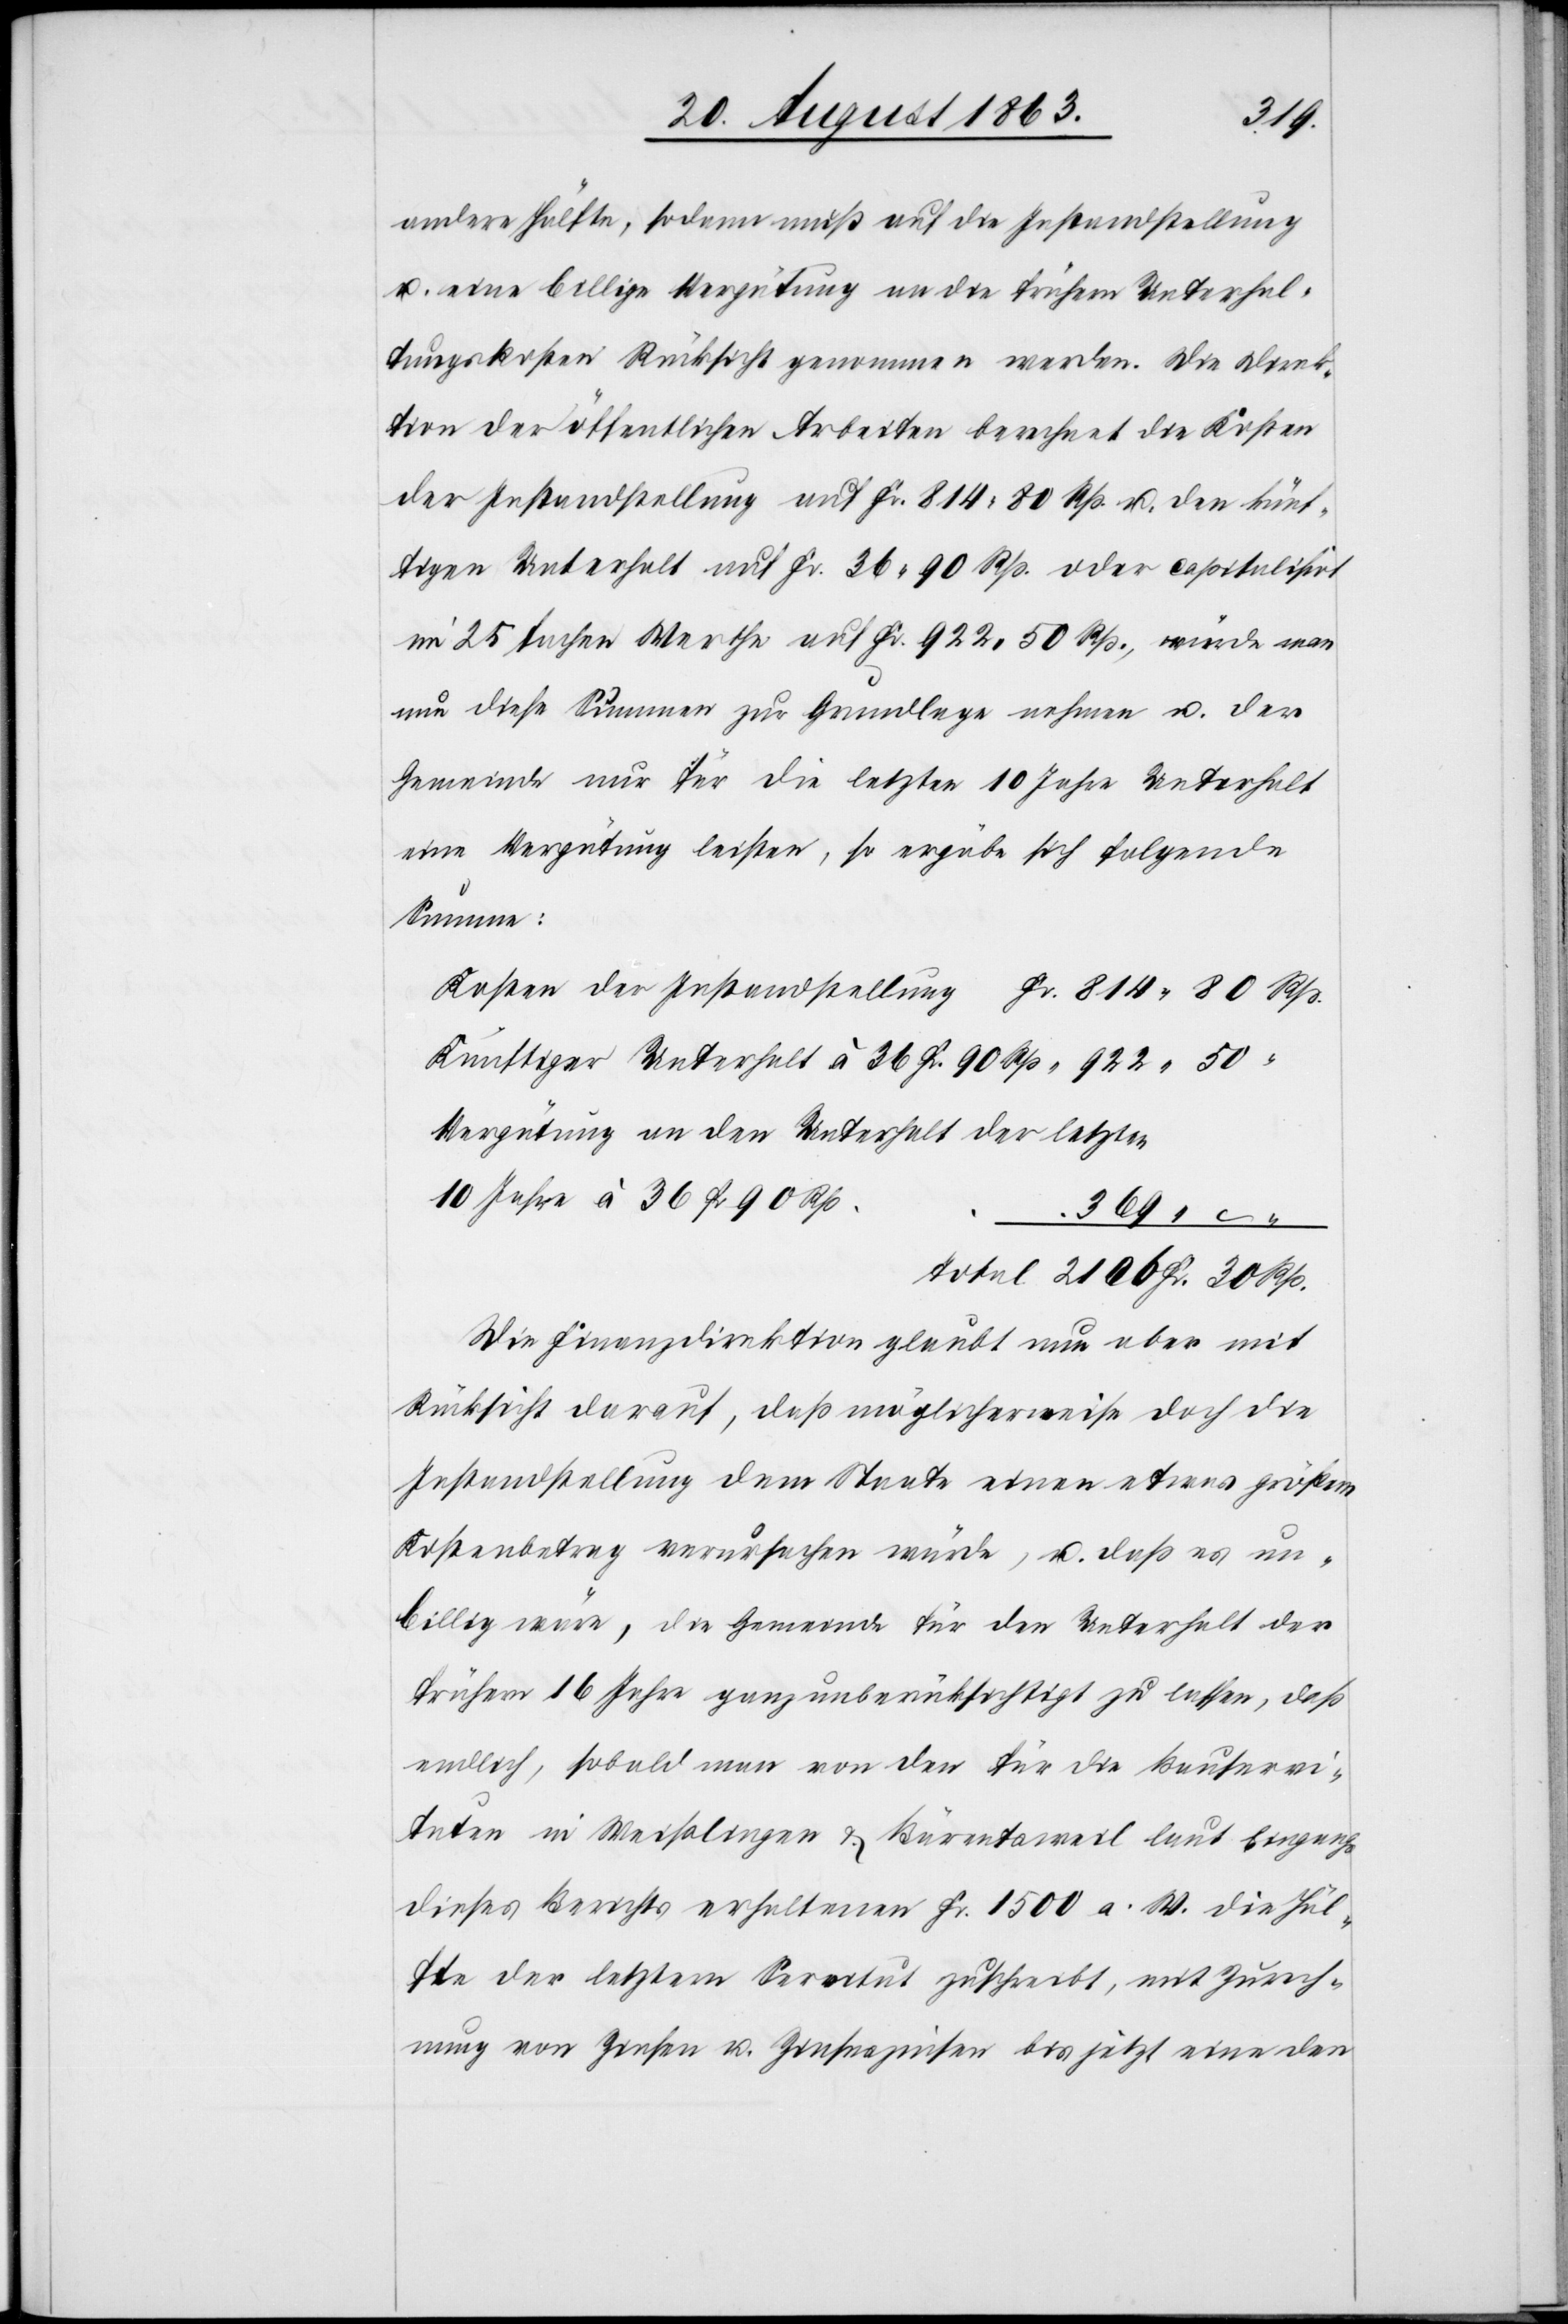
andere Hälfte, sodann muß auf die Instandstellung
u. eine billige Vergütung an die frühern Unterhal¬
tungskosten Rücksicht genommen werden. Die Direk¬
tion der öffentlichen Arbeiten berechnet die Kosten
der Instandstellung auf Fr. 814. 80 Rp. u. den künf¬
tigen Unterhalt auf fr. 36. 90 Rp. oder capitalisirt
im 25 fachen Werthe auf Fr. 922. 50 Rp., würde man
nun diese Summe zur Grundlage nehmen u. der
Gemeinde nur für die letzten 10 Jahre Unterhalt
eine Vergütung leisten, so ergäbe sich folgende
Summe:
Kosten der Instandstellung	Fr. 814. 80 Rp.
Künftiger Unterhalt à 36 Fr. 90 Rp.	 “ 922. 50
Vergütung an den Unterhalt der letzten
10 Jahre à 36 Fr. 90
369. –
Total	2106 Fr. 30 Rp.
Die Finanzdirektion glaubt nun aber mit
Rücksicht darauf, daß möglicherweise doch die
Instandstellung dem Staate einen etwas größern
Kostenbetrag verursachen würde, u. daß es un¬
billig wäre, die Gemeinde für den Unterhalt der
frühern 16 Jahre ganz unberücksichtigt zu lassen, daß
endlich, sobald man von den für die Bauservi¬
tuten in Weißlingen & Bärentsweil laut Eingangs
dieses Berichts erhaltenen Fr. 1500 a. W. die Häl¬
fte der letztern Servitut zuschreibt, mit Zurech¬
nung von Zinses u. Zinseszinsen bis jetzt eine den